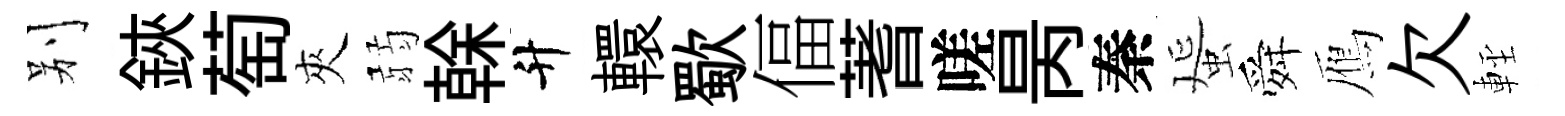
别鋏萄夾弱𠏉升轘歜偪蓍嗟昺秦蜑舜鴈欠䡖